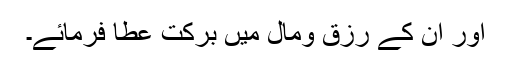
اور ان کے رزق ومال میں برکت عطا فرمائے۔